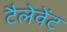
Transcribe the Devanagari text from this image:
टैलेवेंट